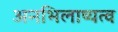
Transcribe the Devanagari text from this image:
अनभिलाष्यत्व